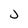
Character: J